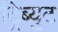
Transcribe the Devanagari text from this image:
ट्रिब्युट